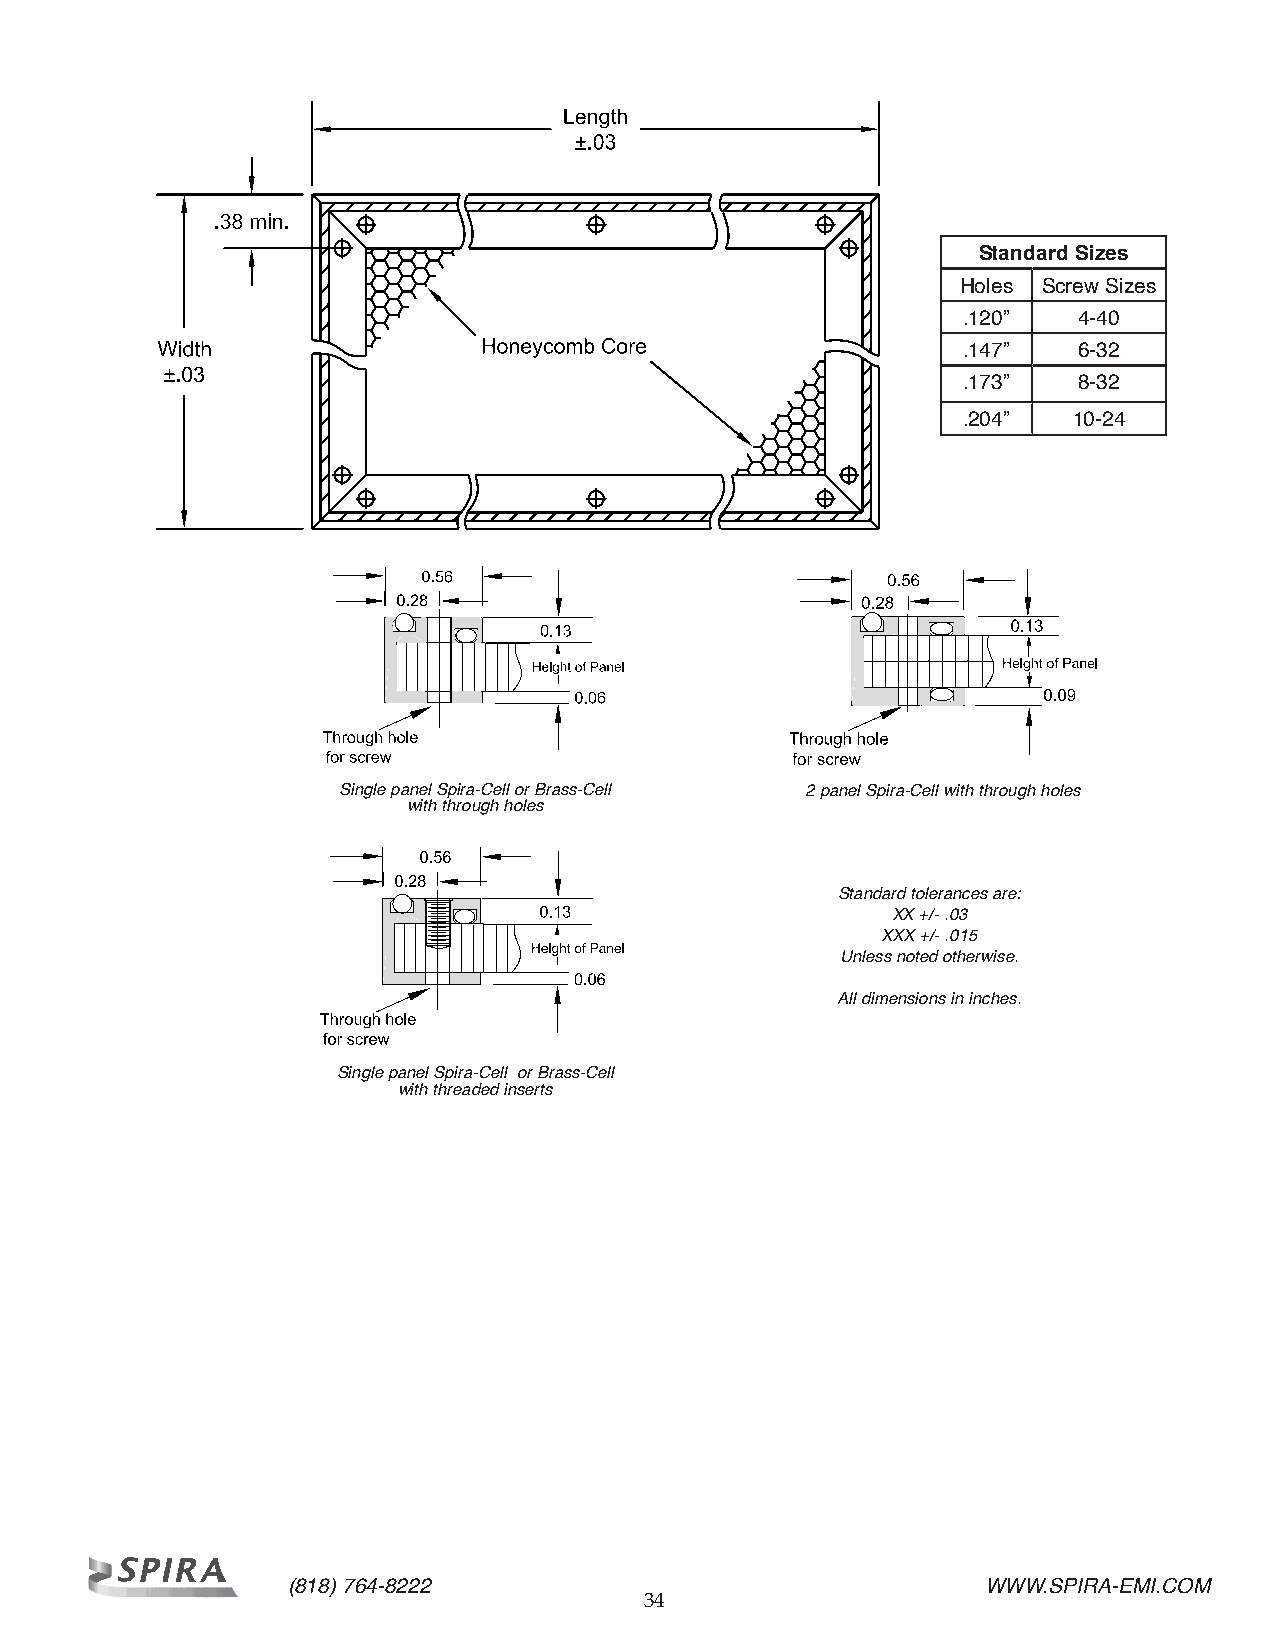
Standard Sizes
 Holes Screw Sizes
 .120”  4-40
 .147”  6-32
 .173”  8-32
 .204”  10-24
 Single panel Spira-Cell or Brass-Cell 2 panel Spira-Cell with through holes
 with through holes
 Standard tolerances are:
 XX +/- .03
 XXX +/- .015
 Unless noted otherwise.
 All dimensions in inches.
 Single panel Spira-Cell or Brass-Cell
 with threaded inserts
 (818) 764-8222                                WWW.SPIRA-EMI.COM
 34